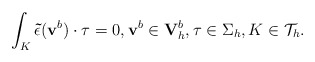
\begin{align*}\int_{K}\mathbf{\tilde{\epsilon}}(\mathbf v^{b})\cdot\mathbf\tau =0, \mathbf v^{b}\in \mathbf V_{h}^{b}, \mathbf\tau\in\Sigma_h, K\in\mathcal{T}_{h}.\end{align*}